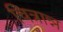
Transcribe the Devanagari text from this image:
चित्रान्न